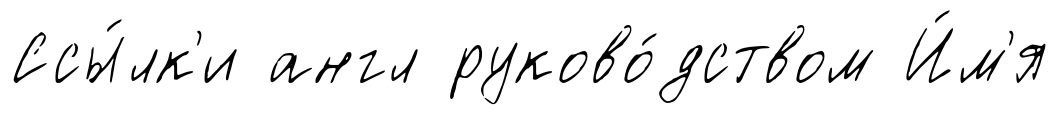
Ссы́лк'и англ руково́дством И́м'я